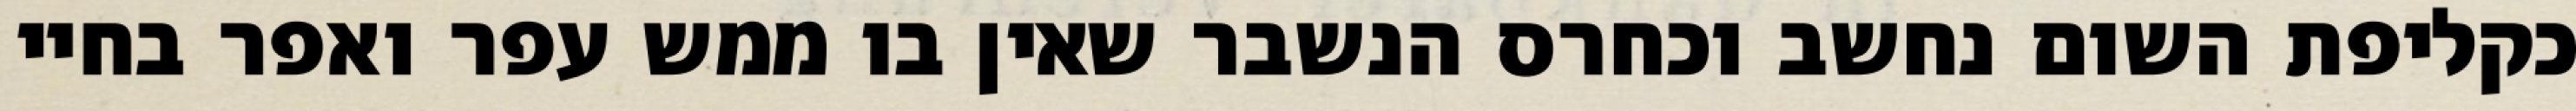
כקליפת השום נחשב וכחרס הנשבר שאין בו ממש עפר ואפר בחיי